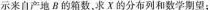
示来自产地B的箱数，求X的分布列和数学期望;